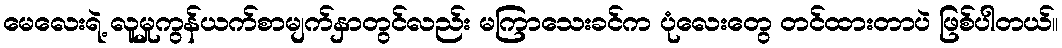
မေလေးရဲ့ လူမှုကွန်ယက်စာမျက်နှာတွင်လည်း မကြာသေးခင်က ပုံလေးတွေ တင်ထားတာပဲ ဖြစ်ပါတယ်။